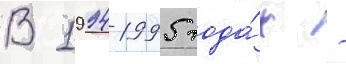
В 1994-1995 года́х -